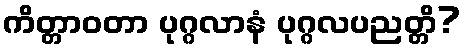
ကိတ္တာဝတာ ပုဂ္ဂလာနံ ပုဂ္ဂလပညတ္တိ?